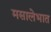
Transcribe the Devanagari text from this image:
मसालेभात